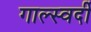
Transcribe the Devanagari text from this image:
गाल्स्वर्दी